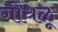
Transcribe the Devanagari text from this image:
गोंधळू